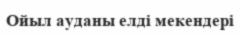
Ойыл ауданы елді мекендері